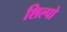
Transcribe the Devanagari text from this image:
शिल्पो